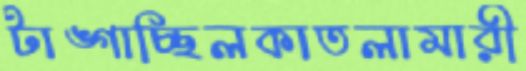
টাঙ্গাচ্ছিলকাতলামারী